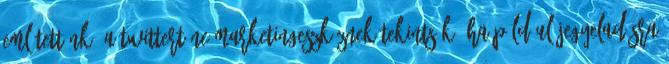
említettünk: a Twittert ne marketingeszköznek tekintsük. Ha például jegyeladásra